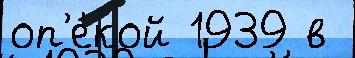
оп'е́кой 1939 в